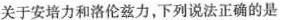
关于安培力和洛伦兹力，下列说法正确的是